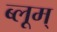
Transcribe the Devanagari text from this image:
ब्लूम्